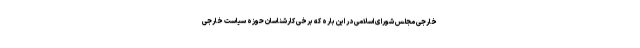
خارجی مجلس شورای اسلامی در این باره که برخی کارشناسان حوزه سیاست خارجی